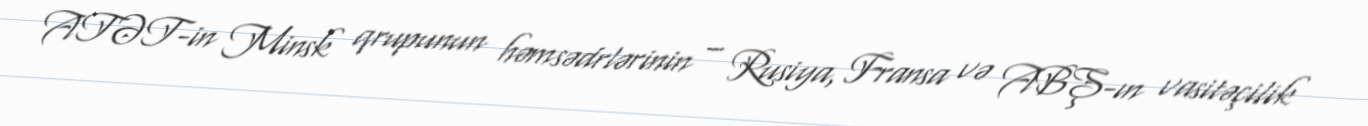
ATƏT-in Minsk qrupunun həmsədrlərinin – Rusiya, Fransa və ABŞ-ın vasitəçilik